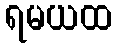
ရမယထ